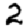
Digit: 2